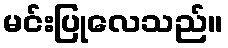
မင်းပြုလေသည်။